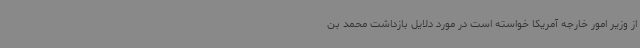
از وزیر امور خارجه آمریکا خواسته است در مورد دلایل بازداشت محمد بن